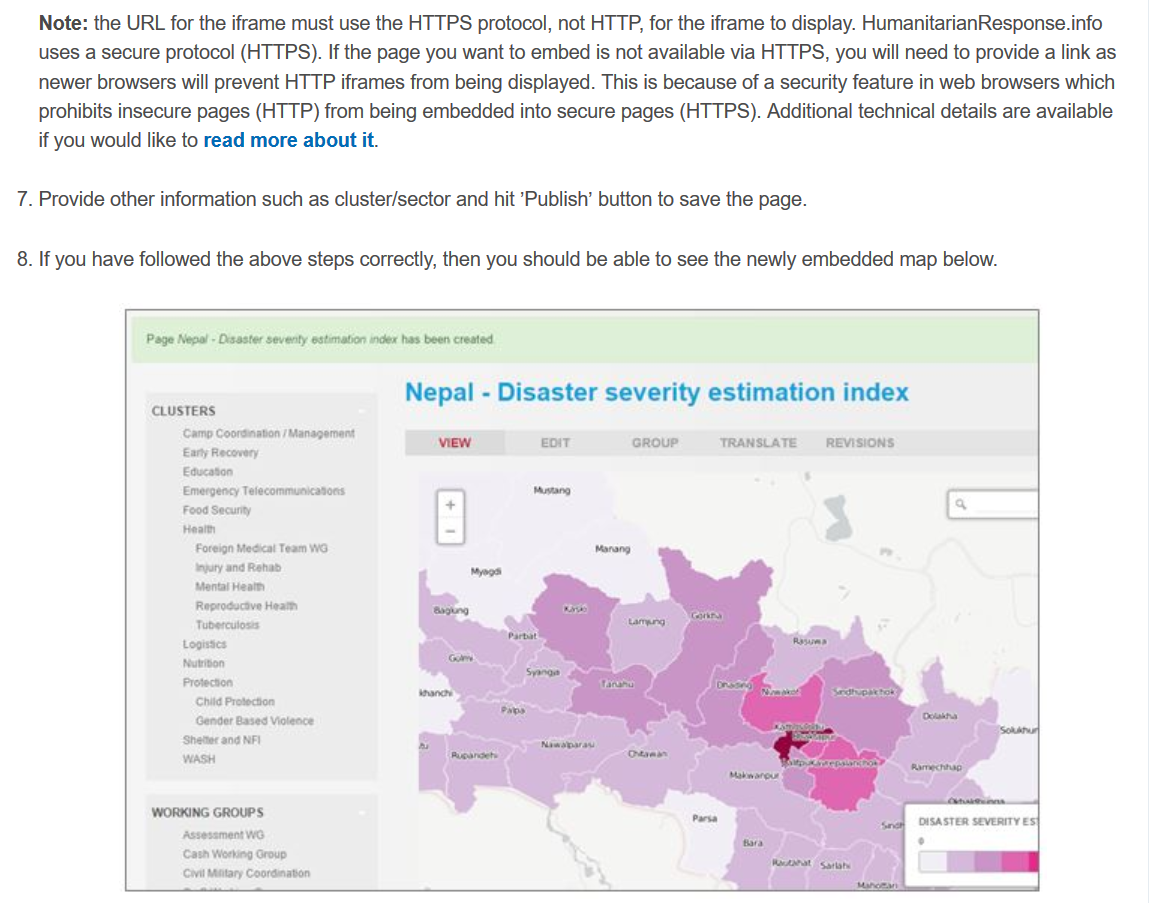
Note: the URL for the iframe must use the HTTPS protocol, not HTTP, for the iframe to display. HumanitarianResponse.info
    uses a secure protocol (HTTPS). If the page you want to embed is not available via HTTPS, you will need to provide
   a
     link as
    newer browsers will prevent HTTP iframes from being displayed. This is because of a security feature in web browsers which
    prohibits insecure pages (HTTP) from being embedded into secure pages (HTTPS). Additional technical details are available
    if you would like to read more about it.
  7. Provide other information such as cluster/sector and hit Publish’ button to save the page.
  8. If you have followed the above steps correctly, then you should be able to see the newly embedded map below.